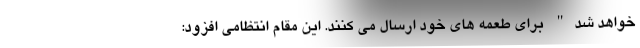
خواهد شد" برای طعمه های خود ارسال می کنند. این مقام انتظامی افزود: